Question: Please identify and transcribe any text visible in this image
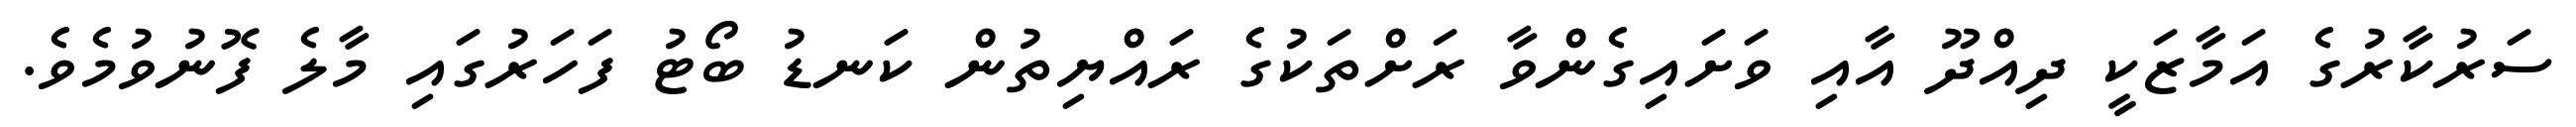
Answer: ސަރުކާރުގެ އަމާޒަކީ ދިއްދޫ އާއި ވަށައިގެންވާ ރަށްތަކުގެ ރައްޔިތުން ކަނޑު ބޯޓު ފަހަރުގައި މާލެ ފޮނުވުމެވެ.